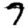
Digit: 7